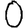
Digit: 0